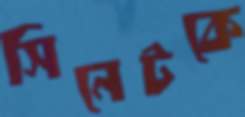
সিনেটকে